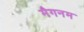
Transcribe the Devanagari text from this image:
मैगनम